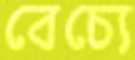
বেচ্যে